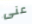
عنى